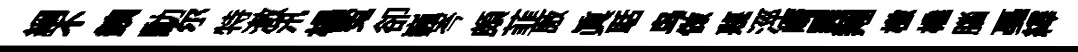
綱不銕勳尔特澈汛楊寃卻巍岑頗韮厫眞聒鸟做蔑涇崎巽翔檄橇腦戞繹